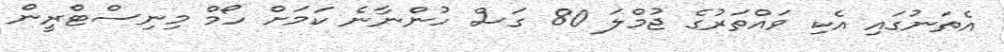
އެތަނުގައި އެކި ވައްތަރުގެ ޖުމްލަ 80 ގަސް ހުންނާނެ ކަމަށް ހޯމް މިނިސްޓްރީން